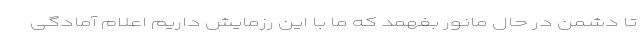
تا دشمن در حال مانور بفهمد که ما با این رزمایش داریم اعلام آمادگی